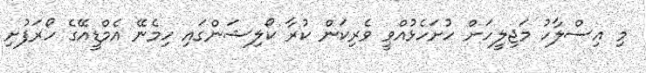
މި އިސްލާހު މަޖިލީހަށް ހުށަހެޅުއްވީ ވެރިކަން ކުރާ ކޯލިޝަންގައި ހިމެނޭ އެމްޑީއޭގެ ހޯރަފުށި